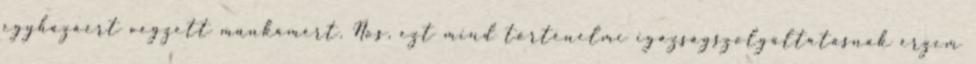
egyházáért végzett munkámért. Nos, ezt mind történelmi igazságszolgáltatásnak érzem